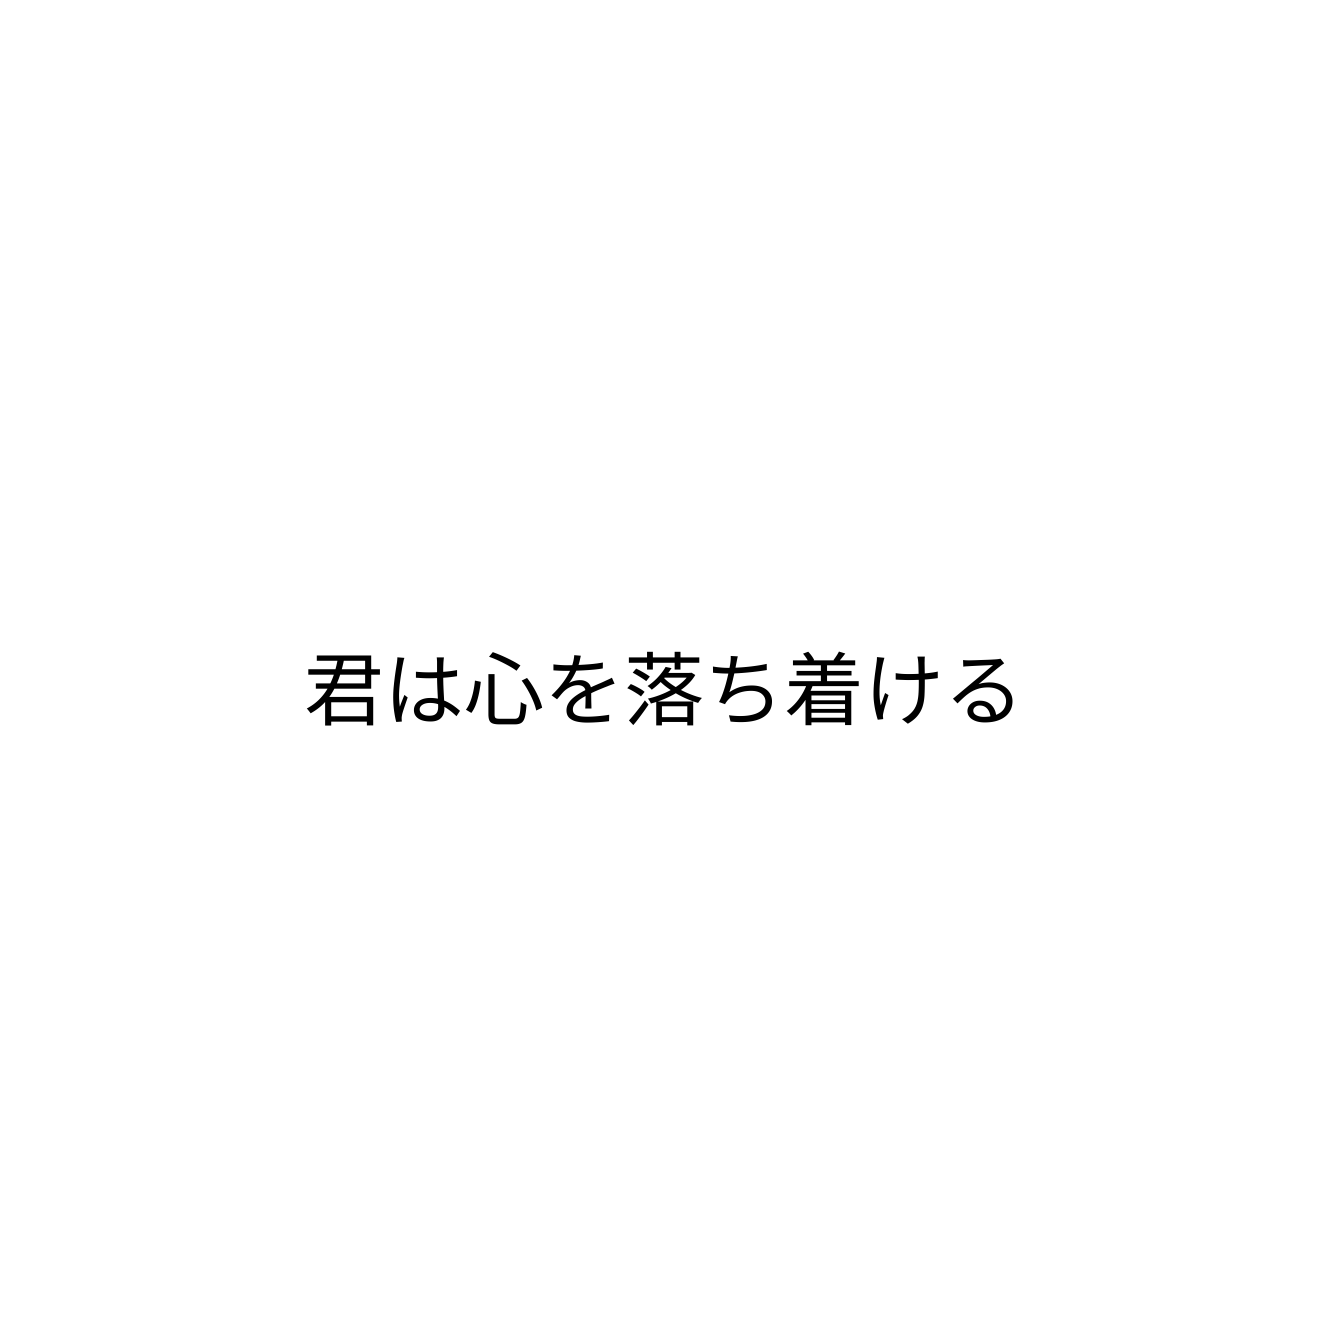
君は心を落ち着ける